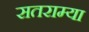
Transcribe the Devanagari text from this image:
सतराम्या